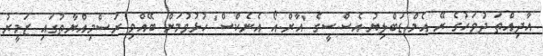
އާދިއްތަ ދުވަހުގެ ރޭ އެމް.ޑަބްލިޔު.އެސް.ސީގެ 'އާރް.އޯ އެނެކްސް' ހުޅުވުމަށް ބޭއްވި ރަސްމިއްޔާތުގައި ޒަމީރު